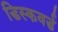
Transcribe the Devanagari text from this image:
डिस्कवर्ड